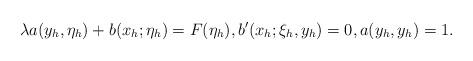
LaTeX: \begin{align*} \lambda a(y_h, \eta_h) + b(x_h; \eta_h) = F(\eta_h),b'(x_h; \xi_h, y_h)= 0,a(y_h, y_h) = 1.\end{align*}